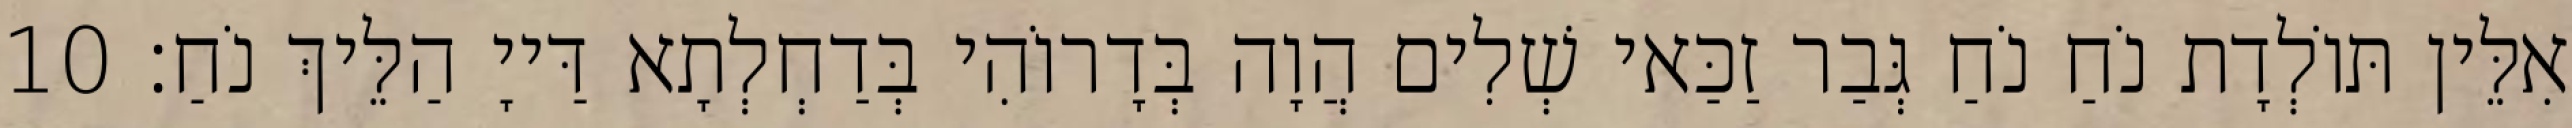
אִלֵּין תּוֹלְדָת נֹחַ נֹחַ גְּבַר זַכַּאי שְׁלִים הֲוָה בְּדָרוֹהִי בְּדַחְלְתָא דַּייָ הַלֵּיךְ נֹחַ׃ 10